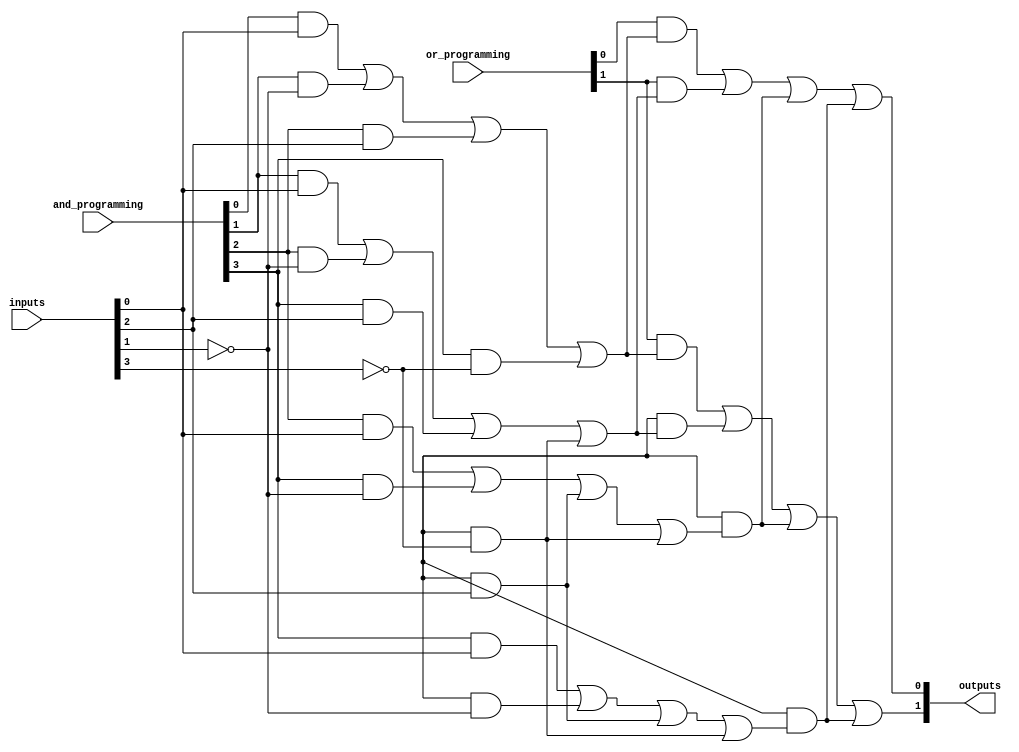
module fuse_based_PLA #(
    parameter NUM_INPUTS = 4,       // Number of input signals
    parameter NUM_PRODUCT_TERMS = 4, // Number of product terms in AND array
    parameter NUM_OUTPUTS = 2        // Number of output signals
)(
    input wire [NUM_INPUTS-1:0] inputs, // Input signals
    input wire [NUM_PRODUCT_TERMS-1:0] and_programming, // Programming for AND array
    input wire [NUM_OUTPUTS-1:0] or_programming, // Programming for OR array
    output wire [NUM_OUTPUTS-1:0] outputs // Output signals
);

// Internal wires for product terms
wire [NUM_PRODUCT_TERMS-1:0] product_terms;

// AND array implementation
genvar i, j;
generate
    for (i = 0; i < NUM_PRODUCT_TERMS; i = i + 1) begin : and_array
        wire [NUM_INPUTS-1:0] and_inputs;
        assign and_inputs = {inputs[NUM_INPUTS-1], inputs[NUM_INPUTS-2], inputs[NUM_INPUTS-3], inputs[NUM_INPUTS-4]}; // Direct inputs

        // Generate product term based on programming
        assign product_terms[i] = (and_programming[i] & and_inputs[0]) |
                                   (and_programming[i+1] & ~and_inputs[1]) |
                                   (and_programming[i+2] & and_inputs[2]) |
                                   (and_programming[i+3] & ~and_inputs[3]);
    end
endgenerate

// OR array implementation
generate
    for (j = 0; j < NUM_OUTPUTS; j = j + 1) begin : or_array
        wire [NUM_PRODUCT_TERMS-1:0] or_inputs;
        assign or_inputs = product_terms; // Connect product terms to OR inputs

        // Generate output based on programming
        assign outputs[j] = (or_programming[j] & or_inputs[0]) |
                            (or_programming[j+1] & or_inputs[1]) |
                            (or_programming[j+2] & or_inputs[2]) |
                            (or_programming[j+3] & or_inputs[3]);
    end
endgenerate

endmodule